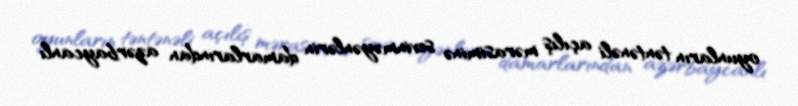
oyunların təntənəli açılış mərasiminə sevinməyənlərin damarlarından azərbaycanlı